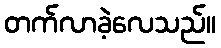
တက်လာခဲ့လေသည်။